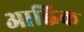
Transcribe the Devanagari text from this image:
आह्विक